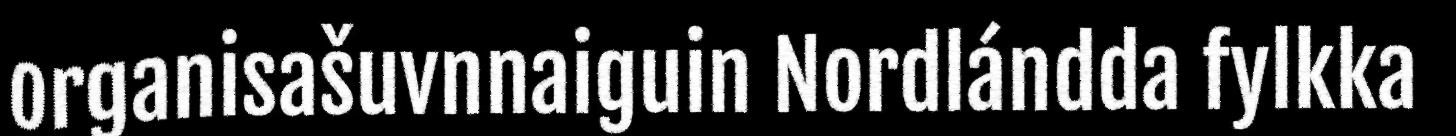
organisašuvnnaiguin Nordlándda fylkka